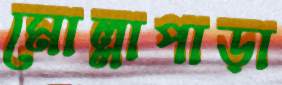
মোল্লাপাড়া